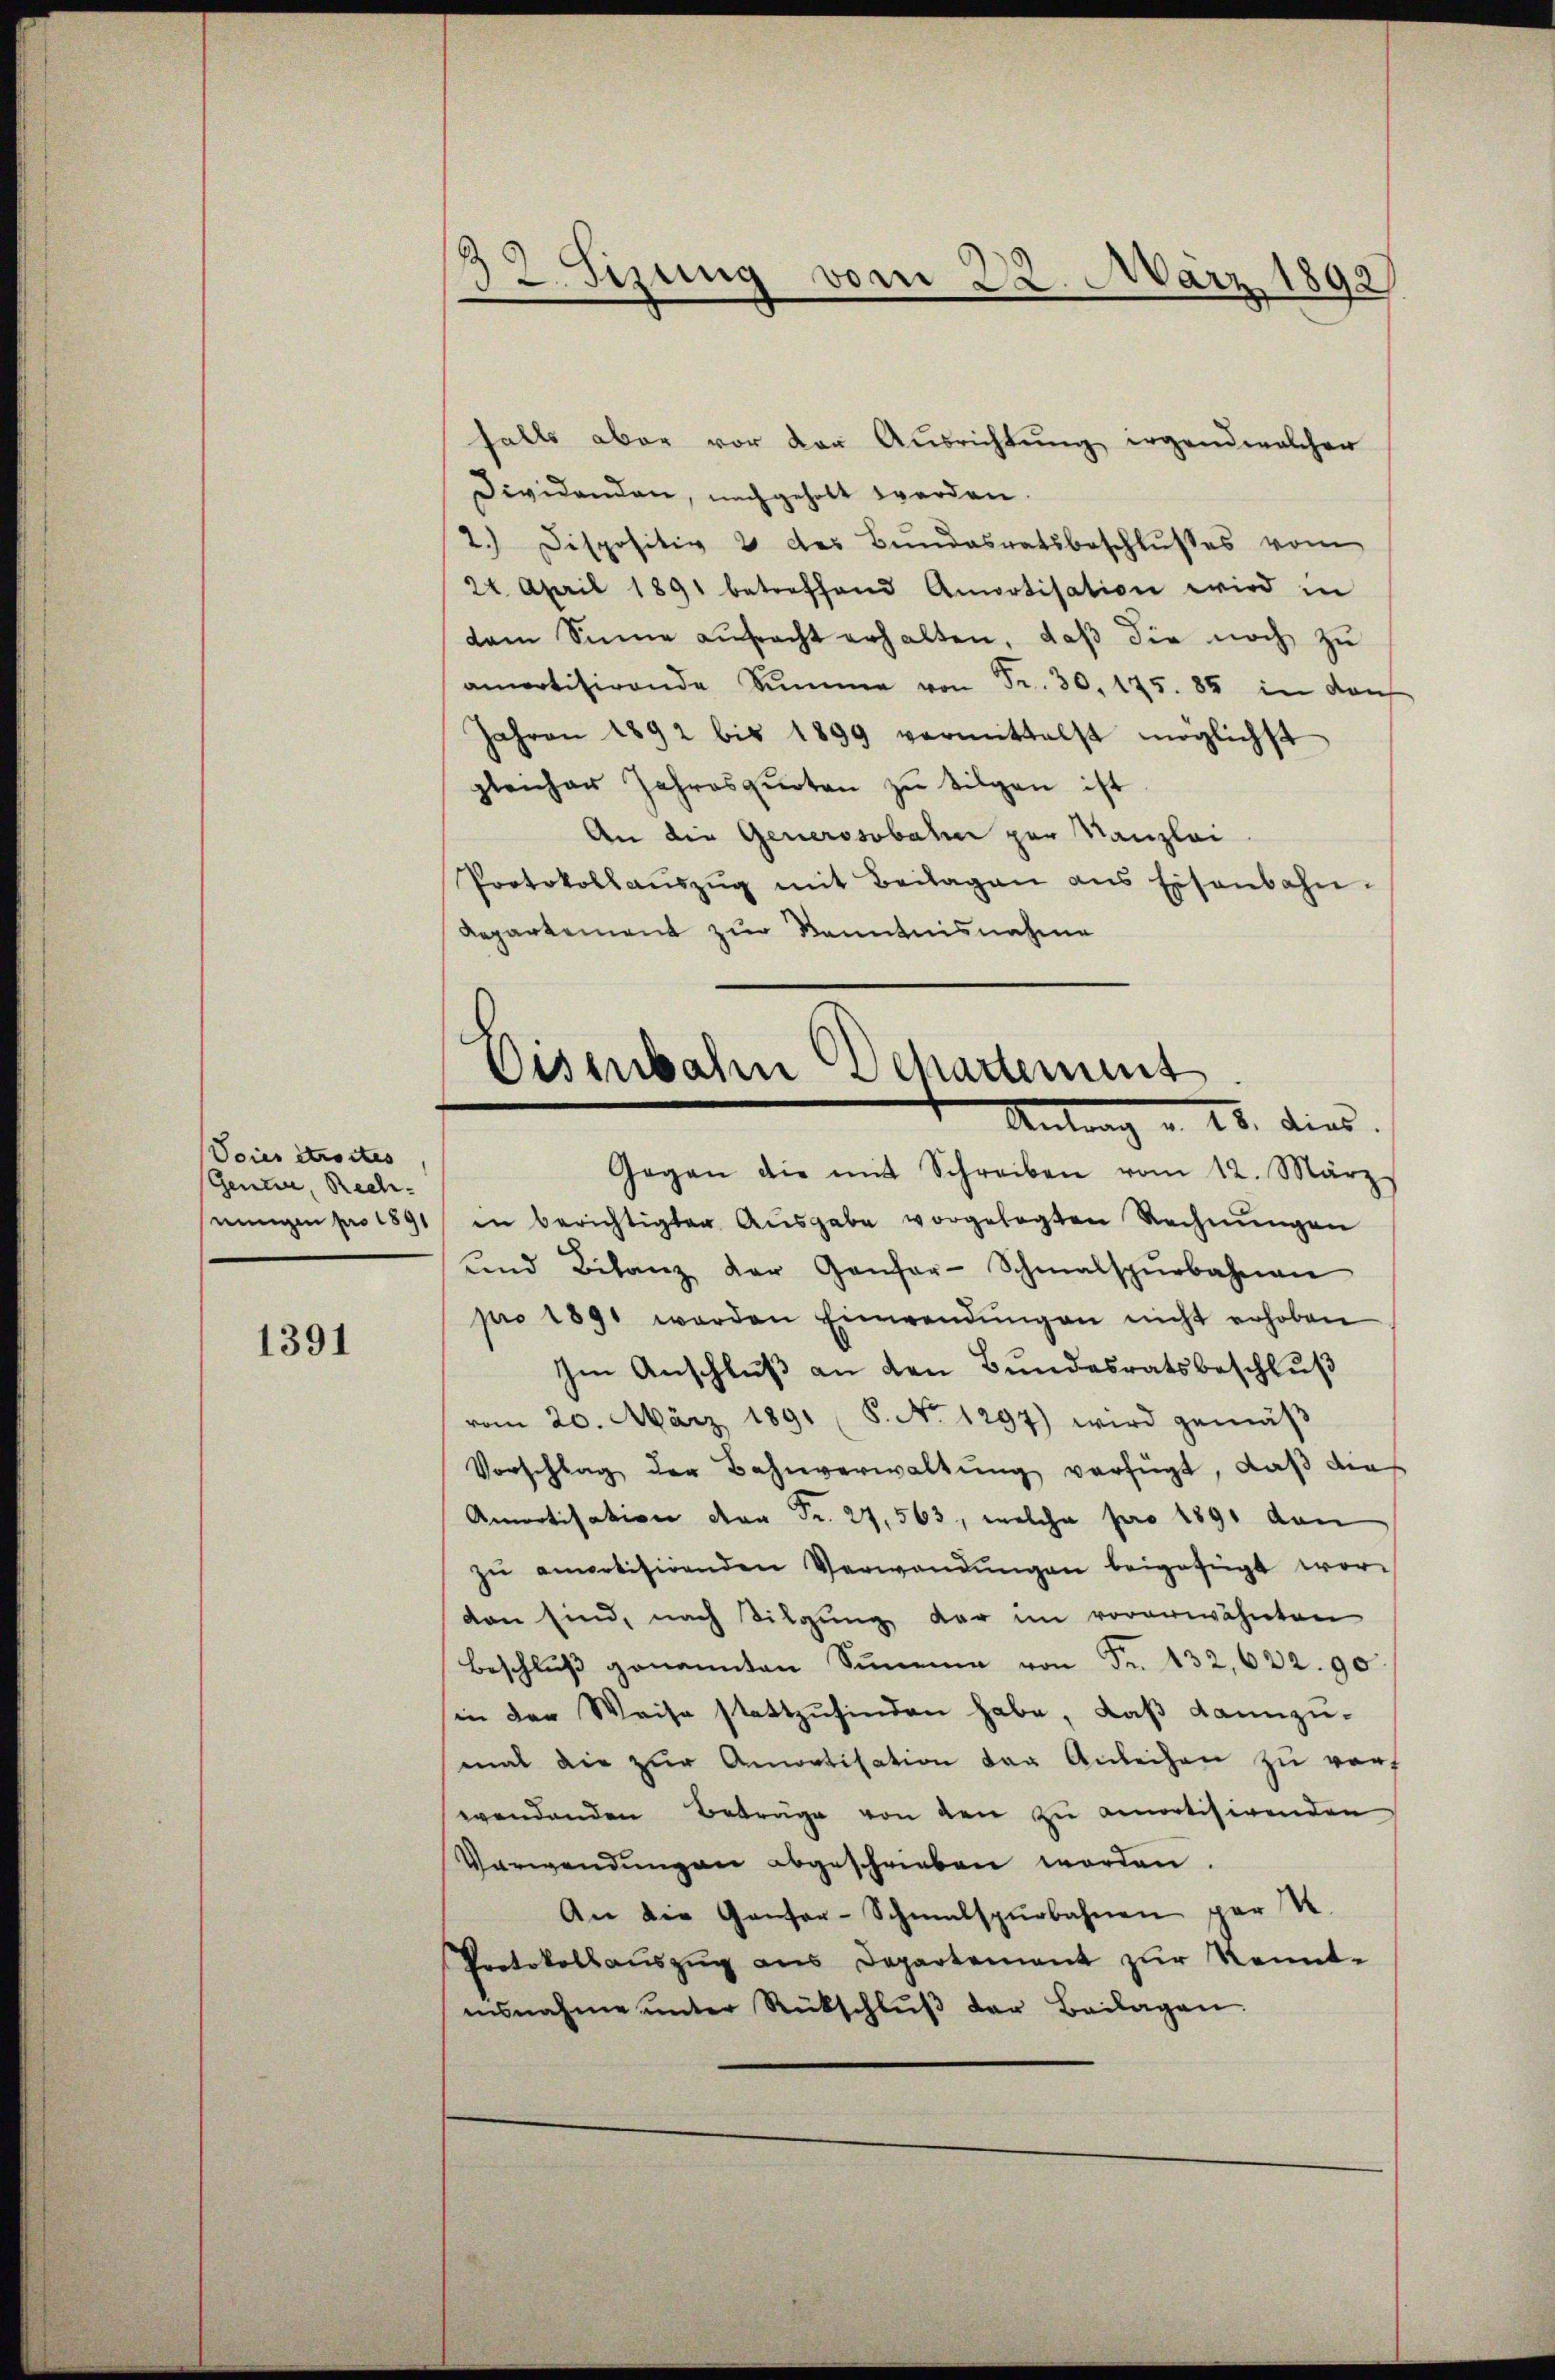
Voies Strortes
Genein, Rech-
nungen pro 1891

1391

falls aber vor der Ausrichtung irgend welcher
Dividanden, nachgeholt werden
2.) Dispositiv 2 des Bŭndesratsbeschlŭsses vom
24. April 1891 betreffend Amortisation wird in
dam Sinne anfracht erhalten, daβ die noch zŭ
amortisirende Summe von Fr. 30, 175. 85 in darf
Jahren 1892 bis 1899 vermittelst möglichst
gleicher Jahresquoten zu tilgen ist
An die Generosobahn zur Kanzlei
Protokollaŭszŭg mit Beilagen ans Eisenbahn-
Repartement zur Kenntnisnahme

32. Sizung vom 22. März 1892

Gegen die mit Schreiben vom 12. März
in berichtigter Aŭsgabe vorgelegten Rechnŭngen
bend Bilanz der Genfer-Schmalspurbahnen
pro 1891 werden Einwendŭngen nicht erhoben
Im Anschluß an den Bundesratsbeschluß
vom 20. März 1891 (8. No 1297) wird gemäβ
Vorschlag der Bahnverwaltŭng verfügt, daß die
Amotisation von Fr. 27,563, welche pro 1891 den
zŭ amortisirenden Verwandŭngen beigefügt wordan sind, nach Tilgung der im vorerwähnten
Beschluß genannten Summe von Fr. 132,622. 90
in der Weise stattzufinden habe, daß dannzumal die zur Anwotisation der Anleihen zu vorwendenden Beträge von den zu amortisirenden
Verwendungen abgeschrieben worden
An die Gantor-Schmalspurbahnen par U
Protokollaŭszŭg ans Departement zŭr Kennt-
isnahme ŭnter Rückschlŭβ der Beilagen.

Eisenbahn Departement
Antrag u. 25. dies